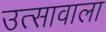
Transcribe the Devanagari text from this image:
उत्सावाला